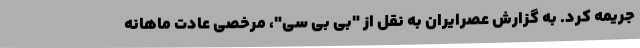
جریمه کرد. به گزارش عصرایران به نقل از "بی بی سی"، مرخصی عادت ماهانه